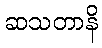
ဆသတာနိ